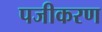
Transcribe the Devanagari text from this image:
पजीकरण